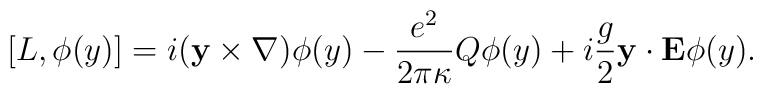
\lbrack L,\phi (y)]=i({\bf y}\times {\bf \nabla })\phi (y)-\frac{e^2}{2\pi\kappa }Q\phi (y)+i\frac g2{\bf y\cdot E}\phi (y).